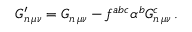
G _ { n \, \mu \nu } ^ { \prime } = G _ { n \, \mu \nu } - f ^ { a b c } \alpha ^ { b } G _ { n \, \mu \nu } ^ { c } \, .